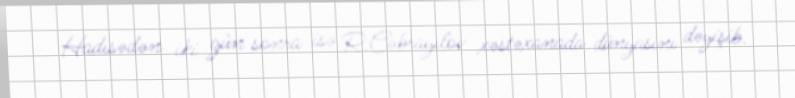
Hadisədən iki gün sonra isə R.Cəbrayılov xəstəxanada dünyasını dəyişib.